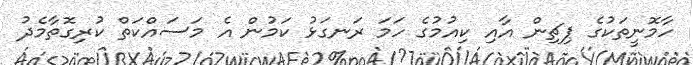
ހާމޮނީތަކުގެ ޕިޗިން އާއި ކިއުމުގެ ހަމަ ރަނގަޅު ކަމުން އެ މަސައްކަތް ކުރިގޮތާމެދު